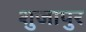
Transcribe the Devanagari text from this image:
शुजापुर